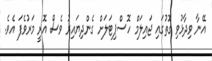
އޭނާ ވިދާޅުވި ގޮތުގައި ޖައިލަމް ހޮސްޕިޓަލަށް ގެންދިޔައިރު ވެސް އޮރީ މަރުވެފަ އެވެ.